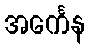
အင်္ကေန